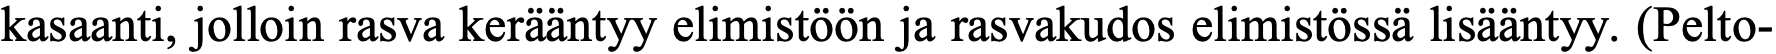
kasaanti, jolloin rasva kerääntyy elimistöön ja rasvakudos elimistössä lisääntyy. (Pelto-